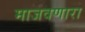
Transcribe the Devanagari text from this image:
माजवणारा